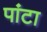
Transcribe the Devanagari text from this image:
पांटा